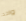
واحد